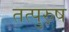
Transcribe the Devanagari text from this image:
तत्पुरु़ष